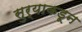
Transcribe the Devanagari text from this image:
सुर्याकडून